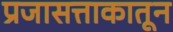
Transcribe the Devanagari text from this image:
प्रजासत्ताकातून